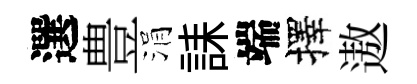
選豊涓誄端擇遨